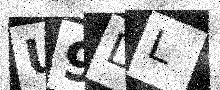
Text: U9DL